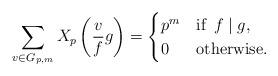
LaTeX: \begin{align*} \sum_{v\in G_{p,m}}X_p\left(\frac{v}{f}g\right)=\begin{cases} p^m & \mbox{if \,} f\mid g, \\ 0 & \mbox{otherwise.} \end{cases} \end{align*}